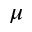
\mu